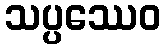
သပ္ပဿေဝ